Civil Veterinary Dept. Bombay admin report 1932-41 - 1932-1941
Year: 1932
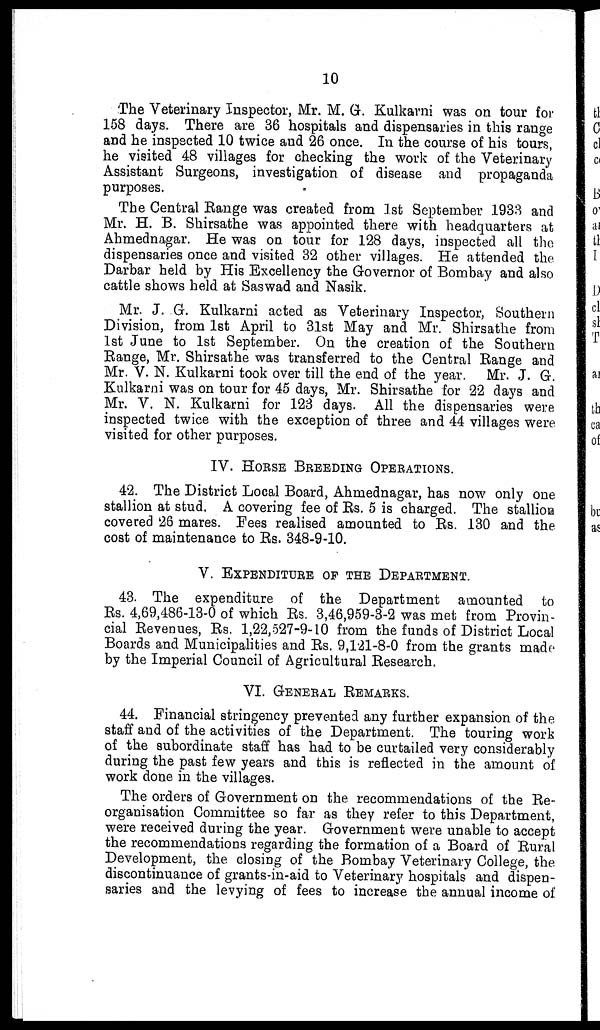
10
The Veterinary Inspector, Mr. M. G. Kulkarni was on tour for
158 days. There are 36 hospitals and dispensaries in this range
and he inspected 10 twice and 26 once. In the course of his tours,
he visited 48 villages for checking the work of the Veterinary
Assistant Surgeons, investigation of disease and propaganda
purposes.
The Central Range was created from 1st September 1933 and
Mr. H. B. Shirsathe was appointed there with headquarters at
Ahmednagar. He was on tour for 128 days, inspected all the
dispensaries once and visited 32 other villages. He attended the
Darbar held by His Excellency the Governor of Bombay and also
cattle shows held at Saswad and Nasik.
Mr. J. G. Kulkarni acted as Veterinary Inspector, Southern
Division, from 1st April to 31st May and Mr. Shirsathe from
1st June to 1st September. On the creation of the Southern
Range, Mr. Shirsathe was transferred to the Central Range and
Mr. V. N. Kulkarni took over till the end of the year. Mr. J. G.
Kulkarni was on tour for 45 days, Mr. Shirsathe for 22 days and
Mr. V. N. Kulkarni for 123 days. All the dispensaries were
inspected twice with the exception of three and 44 villages were
visited for other purposes.
IV. HORSE BREEDING OPERATIONS.
42. The District Local Board, Ahmednagar, has now only one
stallion at stud. A covering fee of Rs. 5 is charged. The stallion
covered 26 mares. Fees realised amounted to Rs. 130 and the
cost of maintenance to Rs. 348-9-10.
V. EXPENDITURE OF THE DEPARTMENT.
43. The expenditure of the Department amounted to
Rs. 4,69,486-13-0 of which Rs. 3,46,959-3-2 was met from Provin-
cial Revenues, Rs. 1,22,527-9-10 from the funds of District Local
Boards and Municipalities and Rs. 9,121-8-0 from the grants made
by the Imperial Council of Agricultural Research.
VI. GENERAL REMARKS.
44. Financial stringency prevented any further expansion of the
staff and of the activities of the Department. The touring work
of the subordinate staff has had to be curtailed very considerably
during the past few years and this is reflected in the amount of
work done in the villages.
The orders of Government on the recommendations of the Re-
organisation Committee so far as they refer to this Department,
were received during the year. Government were unable to accept
the recommendations regarding the formation of a Board of Rural
Development, the closing of the Bombay Veterinary College, the
discontinuance of grants-in-aid to Veterinary hospitals and dispen-
saries and the levying of fees to increase the annual income of